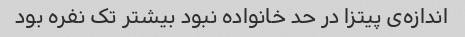
اندازه‌ی پیتزا در حد خانواده نبود بیشتر تک نفره بود